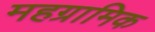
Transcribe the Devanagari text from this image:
महग्रामिक